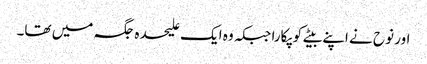
اور نوح نے اپنے بیٹے کو پکارا جبکہ وہ ایک علیحدہ جگہ میں تھا۔